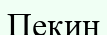
Пекин